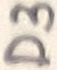
Text: D3